Scottish assistants in French and German schools and colleges, 1936
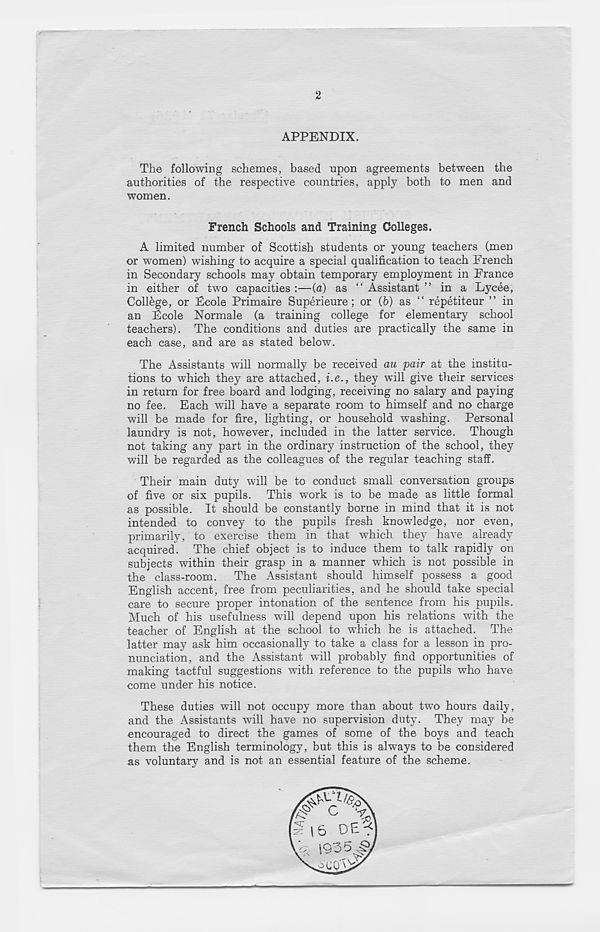
2
APPENDIX.
The following schemes, based upon agreements between the
authorities of the respective countries, apply both to men and
women.
French Schools and Training Colleges.
A limited number of Scottish students or young teachers (men
or women) wishing to acquire a special qualification to teach French
in Secondary schools may obtain temporary employment in France
in either of two capacities:—(a) as “Assistant” in a Lycee,
College , or Ecole Primaire Superieure; or (6) as “ repetiteur ” in
an Ecole Normale (a training college for elementary school
teachers). The conditions and duties are practically the same in
each case, and are as stated below.
The Assistants will normally be received au pair at the institu-
tions to which they are attached, i.e., they will give their services
in return for free board and lodging, receiving no salary and paying
no fee. Each will have a separate room to himself and no charge
will be made for fire, lighting, or household washing. Personal
laundry is not, however, included in the latter service. Though
not taking any part in the ordinary instruction of the school, they
will be regarded as the colleagues of the regular teaching staff.
Their main duty will be to conduct small conversation groups
of five or six pupils. This work is to be made as little formal
as possible. It should be constantly borne in mind that it is not
intended to convey to the pupils fresh knowledge, nor even,
primarily, to exercise them in that which they have already
acquired. The chief object is to induce them to talk rapidly on
subjects within their grasp in a manner which is not possible in
the class-room. The Assistant should himself possess a good
English accent, free from peculiarities, and he should take special
care to secure proper intonation of the sentence from his pupils.
Much of his usefulness will depend upon his relations with the
teacher of English at the school to w T hich he is attached. The
latter may ask him occasionally to take a class for a lesson in pro-
nunciation, and the Assistant will probably find opportunities of
making tactful suggestions with reference to the pupils who have
come under his notice.
These duties will not occupy more than about two hours daily,
and the Assistants will have no supervision duty. They may be
encouraged to direct the games of some of the boys and teach
them the English terminology, but this is always to be considered
as voluntary and is not an essential feature of the scheme.